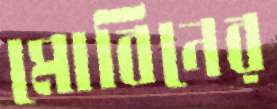
মোবিনের